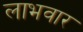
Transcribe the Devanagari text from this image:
लाभवार